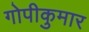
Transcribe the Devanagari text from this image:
गोपीकुमार